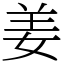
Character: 姜